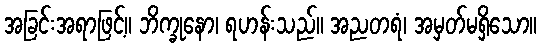
အခြင်းအရာဖြင့်။ ဘိက္ခုနော၊ ရဟန်းသည်။ အညတရံ၊ အမှတ်မရှိသော။